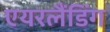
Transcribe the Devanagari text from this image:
एयरलैंडिंग